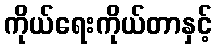
ကိုယ်ရေးကိုယ်တာနှင့်